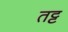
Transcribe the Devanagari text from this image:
तट्ट